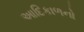
આદિકાળનો